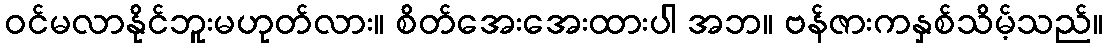
ဝင်မလာနိုင်ဘူးမဟုတ်လား။ စိတ်အေးအေးထားပါ အဘ။ ဗန်ဇားကနှစ်သိမ့်သည်။